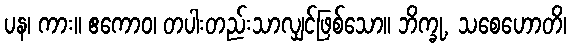
ပန၊ ကား။ ဧကောဝ၊ တပါးတည်းသာလျှင်ဖြစ်သော။ ဘိက္ခု, သစေဟောတိ၊